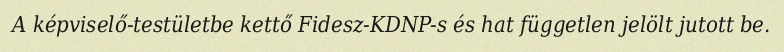
A képviselő-testületbe kettő Fidesz-KDNP-s és hat független jelölt jutott be.